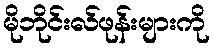
မိုဘိုင်းလ်ဖုန်းများကို